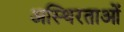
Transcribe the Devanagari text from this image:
अस्थिरताओं